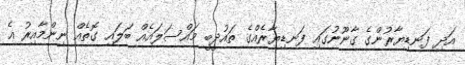
އަދި ފަނޑިޔާރުންގެ ގާނޫނުގައި ފަނޑިޔާރެއްގެ ތައުދީބީ މައްސަލައެއް ބަލައި ގޮތެއް ނިންމާއިރު އެ